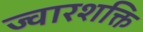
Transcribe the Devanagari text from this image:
ज्वारशक्ति